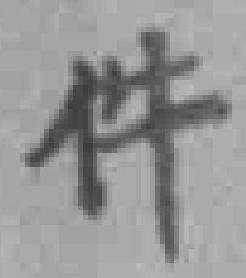
件